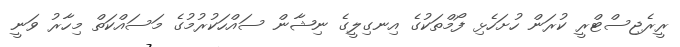
ރީރެޖިސްޓްރީ ކުރަން ހުށަހެޅި ފޯމްތަކުގެ އިނގިލީގެ ނިޝާން ސައްހަކުރުމުގެ މަސައްކަތް މިހާރު ވަނީ